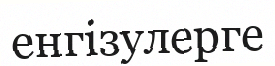
енгізулерге